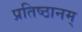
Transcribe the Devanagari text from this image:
प्रतिष्ठानम्